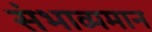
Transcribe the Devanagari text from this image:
संभाव्यमान